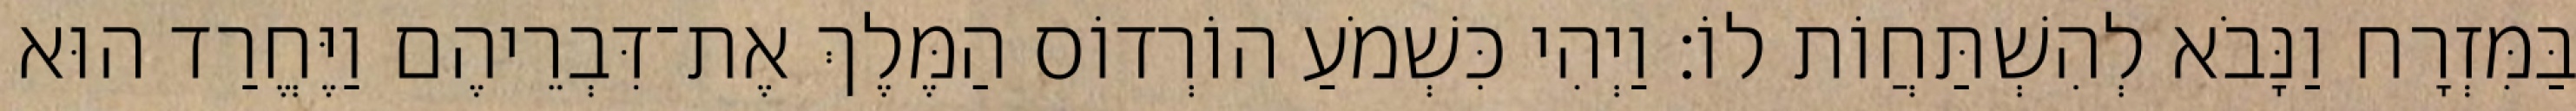
בַּמִּזְרָח וַנָּבֹא לְהִשְׁתַּחֲוֹת לוֹ׃ וַיְהִי כִּשְׁמֹעַ הוֹרְדוֹס הַמֶּלֶךְ אֶת־דִּבְרֵיהֶם וַיֶּחֱרַד הוּא